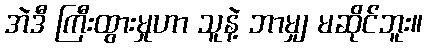
အဲဒီ ကြီးထွားမှုဟာ သူနဲ့ ဘာမျှ မဆိုင်ဘူး။